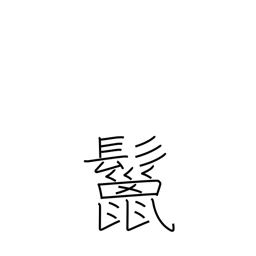
Meaning: mane